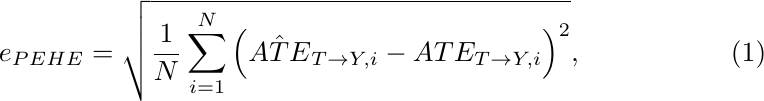
\begin{equation}
    e_{PEHE} = \sqrt{\frac{1}{N}\sum_{i=1}^{N}\left( \hat{ATE}_{T\rightarrow Y, i } - ATE_{T\rightarrow Y, i }\right)^2} ,
\end{equation}